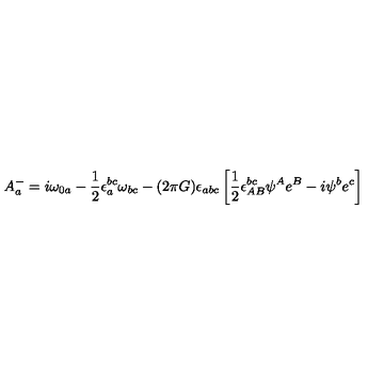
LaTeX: A _ { a } ^ { - } = i \omega _ { 0 a } - { \frac { 1 } { 2 } } \epsilon _ { a } ^ { b c } \omega _ { b c } - ( 2 \pi G ) \epsilon _ { a b c } \left[ { \frac { 1 } { 2 } } \epsilon ^ { b c } _ { A B } \psi ^ { A } e ^ { B } - i \psi ^ { b } e ^ { c } \right]